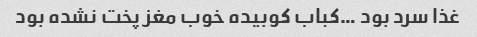
غذا سرد بود …کباب کوبیده خوب مغز پخت نشده بود